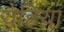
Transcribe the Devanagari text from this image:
येहिया